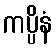
ကပ္ပိနံ